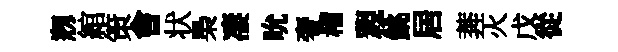
剏綰策㑹状梟凄吮奢稽親銚居莾灭戊從